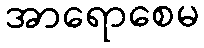
အာရောစေမ